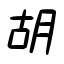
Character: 胡